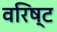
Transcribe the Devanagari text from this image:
वरिष्‍ट